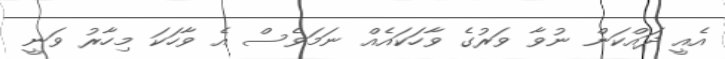
އެއީ ދައްކަން ނުވާ ވަރުގެ ވާހަކައެއް ނަމަވެސް އެ ވާހަކަ މިހާރު ވަނީ